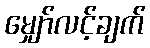
မျှော်လင့်ချက်